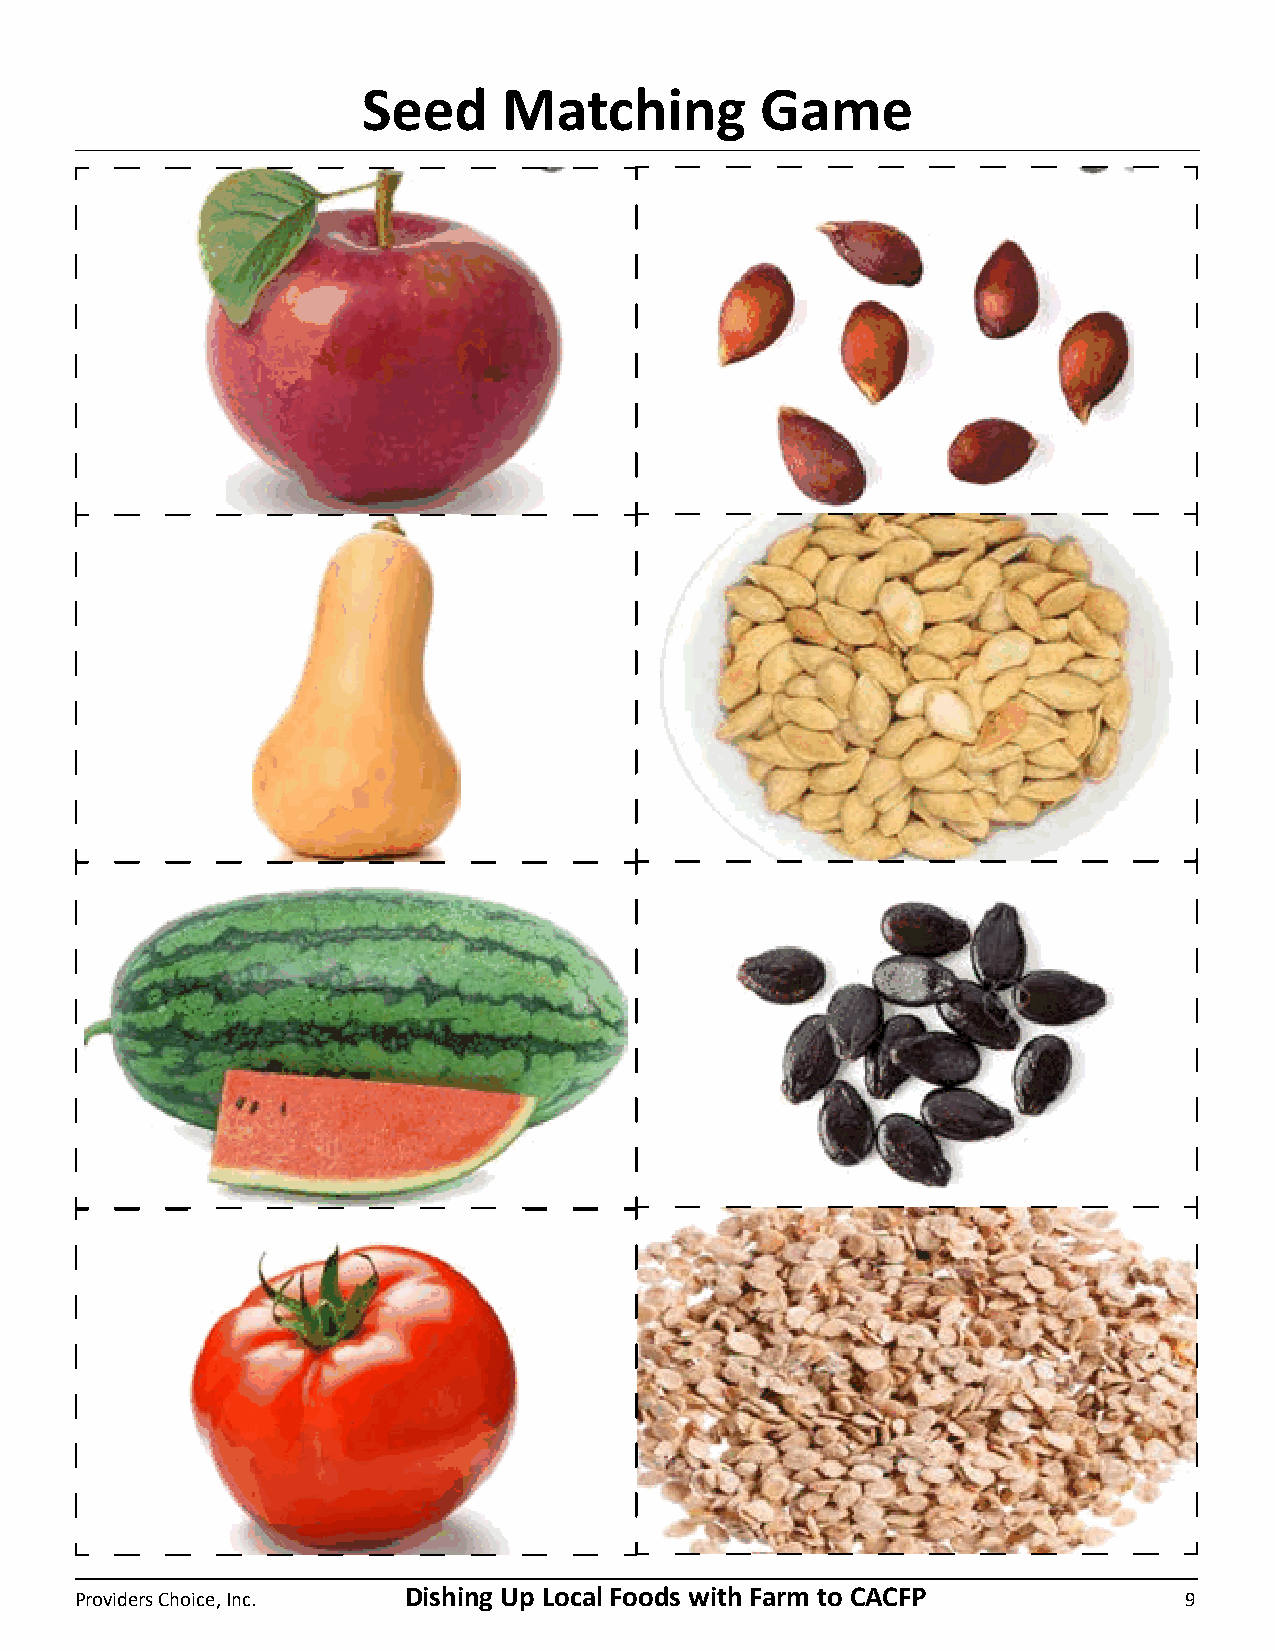
Seed     Matching         Game
 Providers Choice, Inc. Dishing Up Local Foods with Farm to CACFP         9